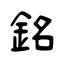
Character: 銘